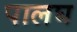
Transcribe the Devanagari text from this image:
पालघ